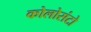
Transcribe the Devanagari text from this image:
कोलोसंटो